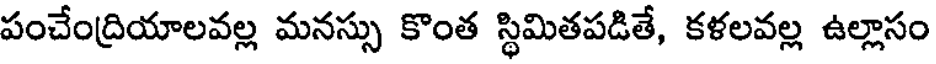
పంచేంద్రియాలవల్ల మనస్సు కొంత స్థిమితపడితే, కళలవల్ల ఉల్లాసం